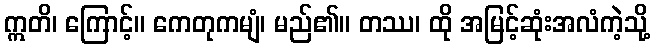
ဣတိ၊ ကြောင့်။ ကေတုကမျံ၊ မည်၏။ တဿ၊ ထို အမြင့်ဆုံးအလံကဲ့သို့